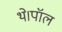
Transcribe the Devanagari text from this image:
थे।पॉल